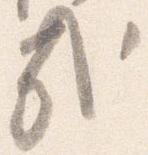
哉